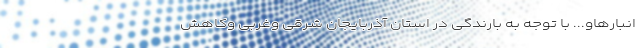
انبارهاو... با توجه به بارندگی در استان آذربایجان شرقی وغربی وکاهش